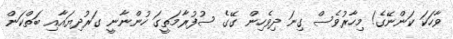
ވާހަކަ ކަންނޭގެ! މިހާރުވެސް ގިނަ ދިވެހިން ގޭގެ ސުފުރާމަތީގަ ހުންނާނީ ގަރުދިޔައާއި ބަތްކަން